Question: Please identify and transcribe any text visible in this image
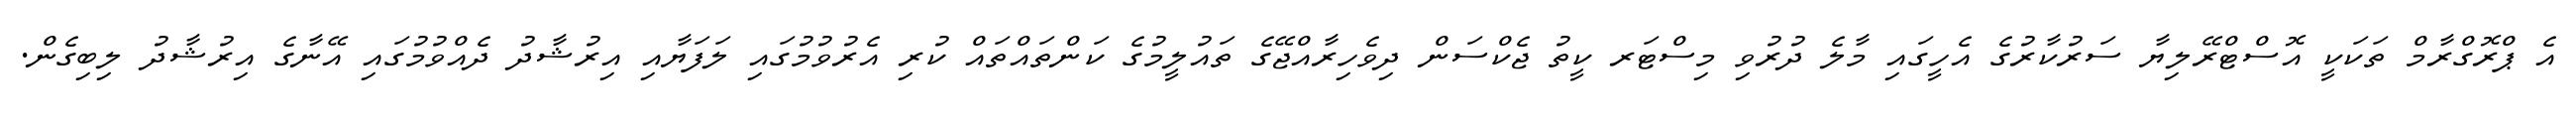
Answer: އެ ޕްރޮގްރާމް ތަކަކީ އޮސްޓްރޭލިޔާ ސަރުކާރުގެ އެހީގައި މާލެ ދުރުވި މިސްޓަރ ކީތު ޖެކްސަން ދިވެހިރާއްޖޭގެ ތައުލީމުގެ ކަންތައްތައް ކުރި އެރުވުމުގައި ލަފަޔާއި އިރުޝާދު ދެއްވުމުގައި އޭނާގެ އިރުޝާދު ލިބިގެން.